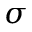
\sigma